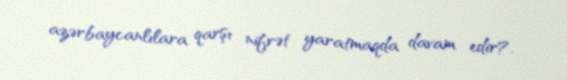
azərbaycanlılara qarşı nifrət yaratmaqda davam edir?.